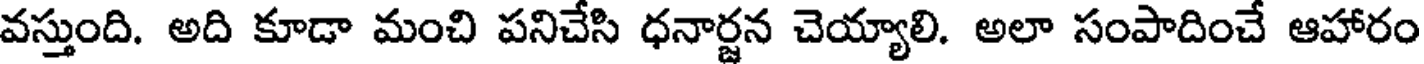
వస్తుంది. అది కూడా మంచి పనిచేసి ధనార్జన చెయ్యాలి. అలా సంపాదించే ఆహారం